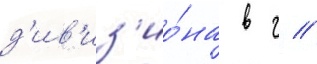
д'ив'из'ио́на в г //